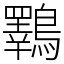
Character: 鸅